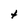
Character: t